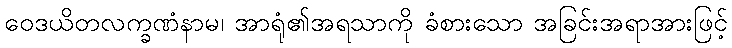
ဝေဒယိတလက္ခဏံနာမ၊ အာရုံ၏အရသာကို ခံစားသော အခြင်းအရာအားဖြင့်